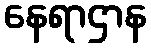
နေရာဌာန